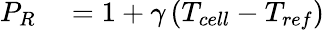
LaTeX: \begin{array}{rl}{P_{R}}&{{}=1+\gamma\left(T_{cell}-T_{ref}\right)}\end{array}